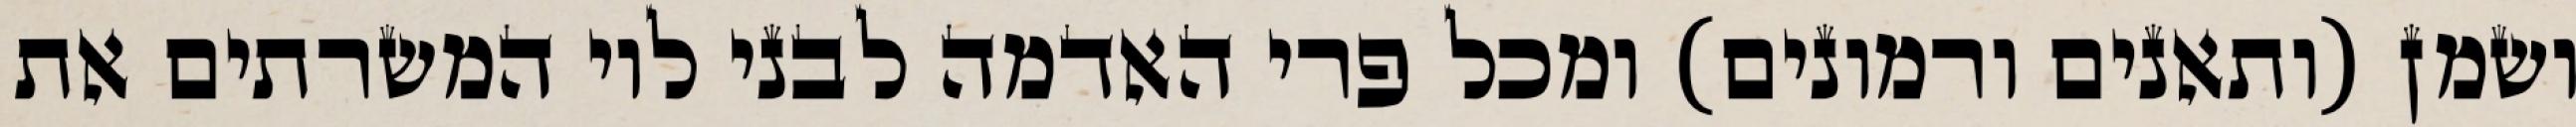
ושמן (ותאנים ורמונים) ומכל פרי האדמה לבני לוי המשרתים את